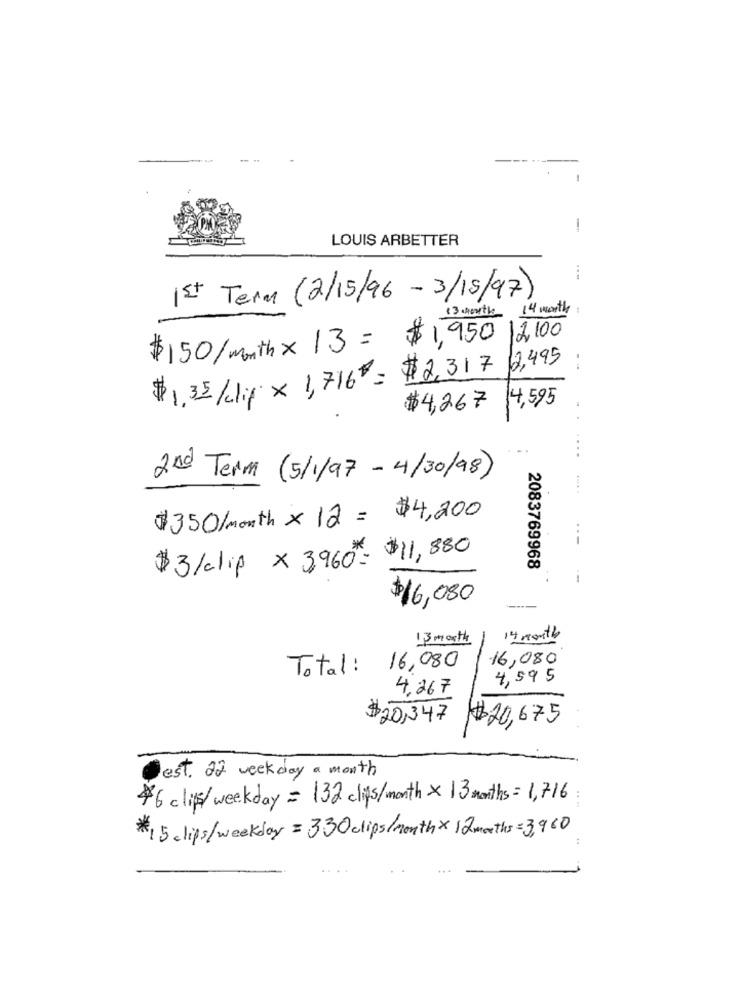
-
-
LOUIS ARBETTER
...
Ist Term (2/15/96 - 3/15/97)
13 knowthe 14 months
$150/month× 13= $1,950
12,100
12,495
.
$1.32/clip × 1,716 = $2,317
$4,267
4,595
2nd Term (5/1/97 - 4/30/98)
$350/month × 12 = $4,200
$3/clip x 3,960"= $11, 880
2083769968
$16,080
13 month
14 month
16,080
Total :
16,080
4,595
4,267
$20,347
$20,675
Jest. 22 weekday a month
$6 clip/ weekday = 132 clips/month × 13 months = 1,716
#15 clips/weekday = 330 clips/month × 12 months=3,960